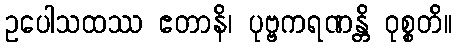
ဥပေါသထဿ ဧတာနိ၊ ပုဗ္ဗကရဏန္တိ ဝုစ္စတိ။